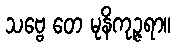
သဗ္ဗေ တေ မုနိကုဉ္ဇရာ။